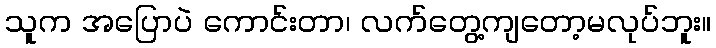
သူက အပြောပဲ ကောင်းတာ၊ လက်တွေ့ကျတော့မလုပ်ဘူး။